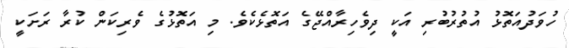
ހުވަދުއަތޮޅު އުތުރުބުރި އަކީ ދިވެހިރާއްޖޭގެ އަތޮޅެކެވެ. މި އަތޮޅުގެ ވެރިކަން ކުރާ ރަށަކީ